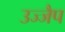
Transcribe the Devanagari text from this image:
उज्जैप